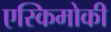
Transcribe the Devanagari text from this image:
एस्किमोकी